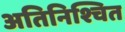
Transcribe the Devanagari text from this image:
अतिनिश्चित